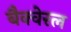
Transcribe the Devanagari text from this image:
बैक्वेरल